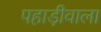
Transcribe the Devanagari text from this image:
पहाड़ीवाला